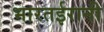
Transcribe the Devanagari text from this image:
भारतईरानी